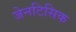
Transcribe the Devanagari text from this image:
जेनटिसिक